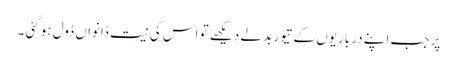
پر جب اپنے درباریوں کے تیور بدلے دیکھے تو اس کی نیت ڈانواں ڈول ہوگئی ۔